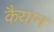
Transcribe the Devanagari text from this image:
कैयान